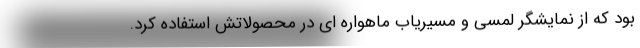
بود که از نمایشگر لمسی و مسیریاب ماهواره ای در محصولاتش استفاده کرد.